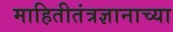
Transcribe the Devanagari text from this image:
माहितीतंत्रज्ञानाच्या